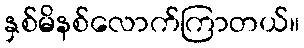
နှစ်မိနစ်လောက်ကြာတယ်။